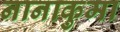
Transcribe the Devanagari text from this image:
नानाकुमा